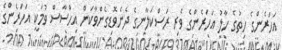
އަހަރެންގެ ހިތުގެ ހާލު އަހަރެންގެ ވެރި ރަސްކަލާނގެ ދެނެވޮޑިގެންވާކަން އިހްސާސް ވުމަކީ އަހަރެންގެ